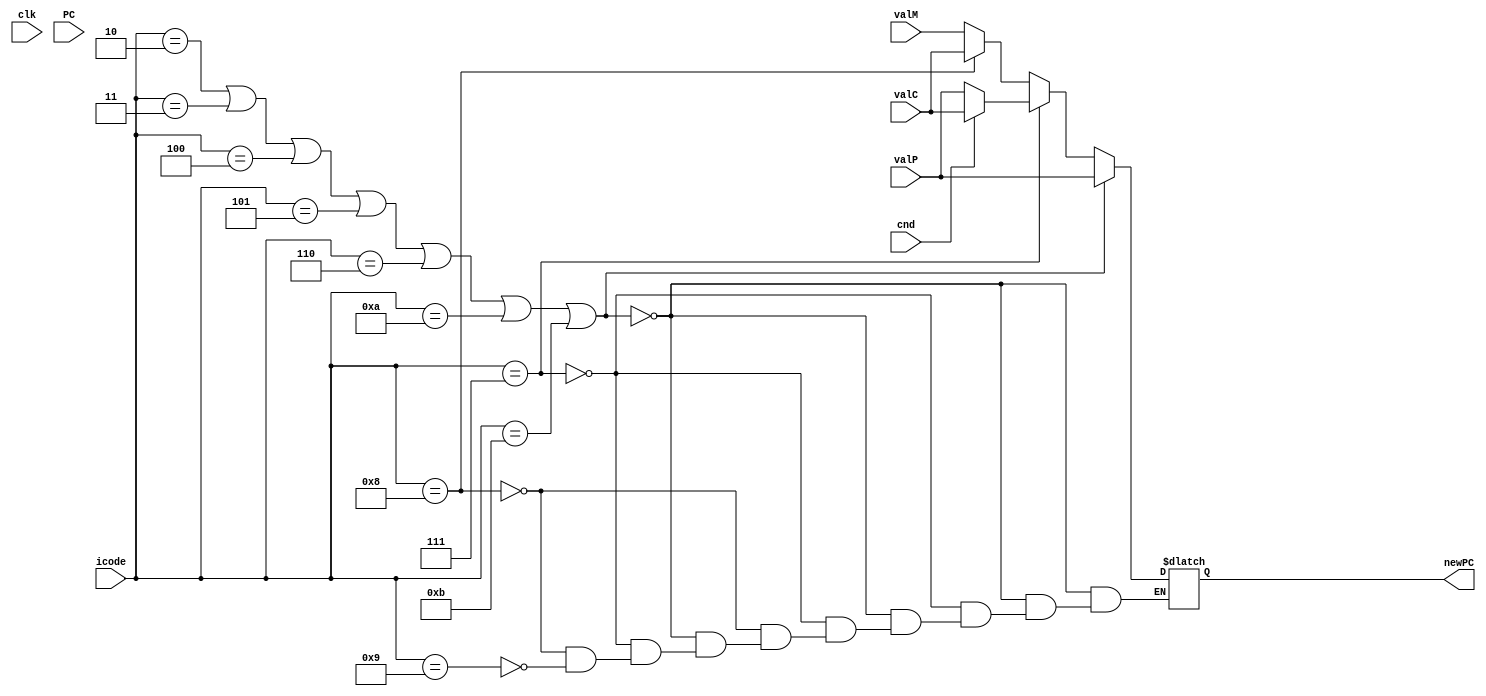
module pc_update(clk, icode, PC, valP, valM, valC, cnd, newPC);

    input clk, cnd;
    input [3:0] icode;
    input [63:0] valP, valM, valC, PC;

    output reg [63:0] newPC;                                                            //Updated PC value

    always @(*) begin
        
        if (icode == 2 || icode == 3 || icode == 4 || icode == 5 || icode == 6 || icode == 10 || icode == 11) begin                                                                          //cmovXX, irmovq, rmmovq, mrmovq, OPq, pushq, popq
            newPC = valP;
        end
        else if (icode == 7) begin                                                   //jXX
            if (cnd == 1) begin
                newPC = valC;
            end
            else begin
                newPC = valP;
            end
        end
        else if (icode == 8) begin                                                  //call
            newPC = valC;
        end
        else if (icode == 9) begin                                                  //ret
            newPC = valM;
        end

    end

endmodule